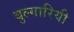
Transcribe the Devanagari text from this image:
बुल्गारियी